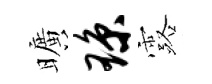
曠琼露